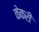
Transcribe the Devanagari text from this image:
केकरी